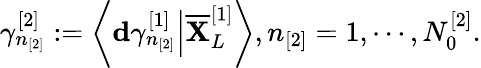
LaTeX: \gamma_{n_{[2]}}^{[2]}:=\left\langle\mathbf{d}\gamma_{n_{[2]}}^{[1]}\Big\vert\overline{{\mathbf{X}}}_{L}^{[1]}\right\rangle,n_{[2]}=1,\cdots,N_{0}^{[2]}.